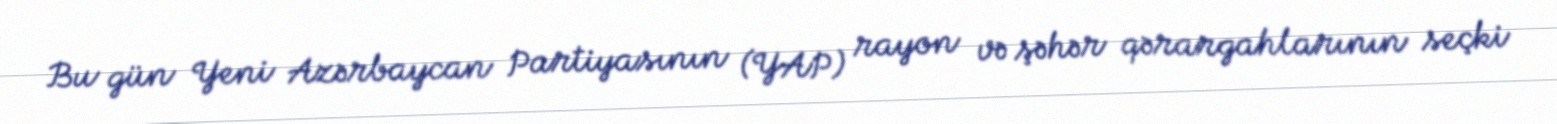
Bu gün Yeni Azərbaycan Partiyasının (YAP) rayon və şəhər qərargahlarının seçki